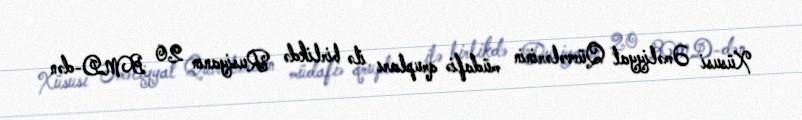
Xüsusi Əməliyyat Qüvvələrinin müdafiə qrupları ilə birlikdə Rusiyanın 20 BMD-dən